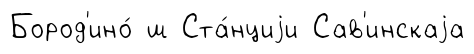
Бород'ино́ ш Ста́нциjи Сав'инскаjа